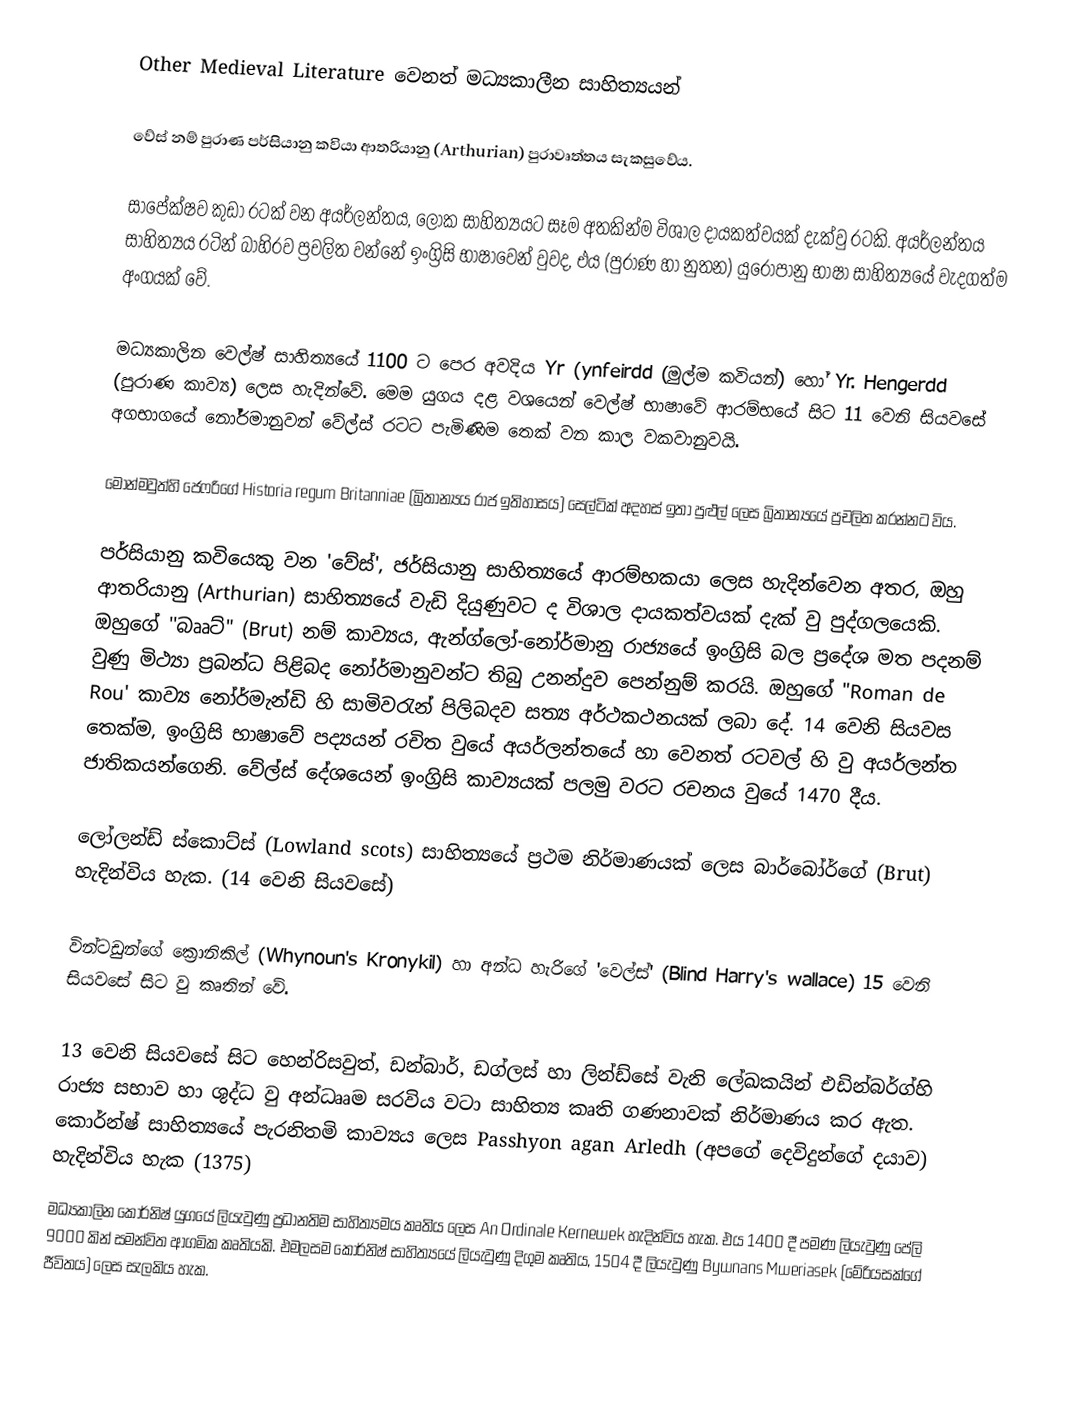
Other Medieval Literature  වෙනත් මධ්‍යකාලීන සාහිත්‍යයන්

වේස් නම් පුරාණ පර්සියානු කවියා ආතරියානු (Arthurian) පුරාවෘත්තය සැකසුවේය.

සාපේක්ෂව කුඩා රටක් වන අයර්ලන්තය, ලෝක සාහිත්‍යයට සෑම අතකින්ම විශාල දායකත්වයක් දැක්වු රටකි. අයර්ලන්තය සාහිත්‍යය රටින් බාහිරව ප්‍රචලිත වන්නේ ඉංග්‍රිසි භාෂාවෙන් වුවද, එය (පුරාණ හා නුතන) යුරො‍්පානු භාෂා සාහිත්‍යයේ වැදගත්ම අංගයක් වේ.

මධ්‍යකාලින වෙල්ෂ් සාහිත්‍යයේ 1100 ට පෙර අවදිය Yr (ynfeirdd (මුල්ම කවියන්) හෝ Yr. Hengerdd (පුරාණ කාව්‍ය) ලෙස හැදින්වේ. මෙම යුගය දළ වශයෙන් වෙල්ෂ් භාෂාවේ ආරම්භයේ සිට 11 වෙනි සියවසේ අගභාගයේ නෝර්මානුවන් වේල්ස් රටට පැමිණිම තෙක් වන කාල වකවානුවයි.

මොන්මවුත්හි ජෙෆරිගේ Historia regum Britanniae (බ්‍රිතාන්‍යය රාජ ඉතිහාසය) සෙල්ටික් අදහස් ඉතා පුළුල් ලෙස බ්‍රිතාන්‍යයේ ප්‍රචලිත කරන්නට විය.

පර්සියානු කවියෙකු වන 'වේස්', ජර්සියානු සාහිත්‍යයේ ආරම්භකයා ලෙස හැදින්වෙන අතර, ඔහු ආතරියානු (Arthurian) සාහිත්‍යයේ වැඩි දියුණුවට ද විශාල දායකත්වයක් දැක් වු පුද්ගලයෙකි. ඔහුගේ ''බෲට්" (Brut) නම් කාව්‍යය, ඇන්ග්ලෝ-නෝර්මානු රාජ්‍යයේ ඉංග්‍රිසි බල ප්‍රදේශ මත පදනම් වුණු මිථ්‍යා ප්‍රබන්ධ පිළිබද නෝර්මානුවන්ට තිබු උනන්දුව පෙන්නුම් කරයි. ඔහුගේ "Roman de Rou' කාව්‍ය නෝර්මැන්ඩි හි සාමිවරැන් පිලිබදව සත්‍ය අර්ථකථනයක් ලබා දේ. 14 වෙනි සියවස තෙක්ම, ඉංග්‍රිසි භාෂාවේ පද්‍යයන් රචිත වුයේ අයර්ලන්තයේ හා වෙනත් රටවල් හි වු අයර්ලන්ත ජාතිකයන්ගෙනි. වේල්ස් දේශයෙන් ඉංග්‍රිසි කාව්‍යයක් පලමු වරට රචනය වුයේ 1470 දීය.

ලෝලන්ඩ් ස්කොට්ස් (Lowland scots) සාහිත්‍යයේ ප්‍රථම නිර්මාණයක් ලෙස බාර්බෝර්ගේ (Brut) හැදින්විය හැක. (14 වෙනි සියවසේ)

වින්ටඩුන්ගේ ක්‍රොනිකිල්  (Whynoun's Kronykil) හා අන්ධ හැරිගේ 'වෙල්ස්'  (Blind Harry's wallace) 15 වෙනි සියවසේ සිට වු කෘතින් වේ.

13 වෙනි සියවසේ සිට හෙන්රිසවුත්, ඩන්බාර්, ඩග්ලස් හා ලින්ඩ්සේ වැනි ලේඛකයින් එඩින්බර්ග්හි රාජ්‍ය සභාව හා ශුද්ධ වු අන්ධෲම සරවිය වටා සාහිත්‍ය කෘති ගණනාවක් නිර්මාණය කර ඇත. කොර්න්ෂ් සාහිත්‍යයේ පැරනිතමි කාව්‍යය ලෙස  Passhyon agan Arledh (අපගේ දෙවිදුන්ගේ දයාව) හැදින්විය හැක (1375)
මධ්‍යකාලින කෝර්නිෂ් යුගයේ ලියැවුණු ප්‍රධානතිම සාහිත්‍යමය කෘතිය ලෙස  An Ordinale Kernewek හැදින්විය හැක. එය 1400 දී පමණ ලියැවුණු පේලි 9000 කින් සමන්විත ආගමික කෘතියකි. එමලසම කෝර්නිෂ් සාහිත්‍යයේ ලියැවුණු දිගුම කෘතිය, 1504 දී ලියැවුණු  Bywnans Mweriasek (මේරියසක්ගේ ජීවිතය) ලෙස සැලකිය හැක.